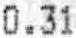
0.31